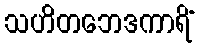
သဟိတဘေဒကာရိံ